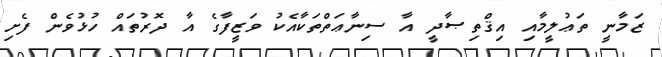
ޒަމާނީ ތަޢުލީމާއި އިޤްތިޞާދީ އާ ސިނާޢަތްތަކާއެކު ވަޒީފާގެ އާ ދޮރުތައް ހުޅުވެން ފެށި